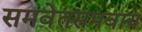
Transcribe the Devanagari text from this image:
समवेतसमवाय